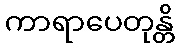
ကာရာပေတုန္တိ